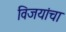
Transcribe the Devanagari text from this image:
विजयांचा